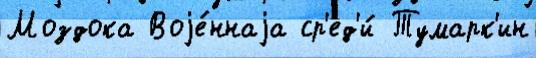
Моздока Воjе́ннаjа ср'ед'и́ Тумарк'ин